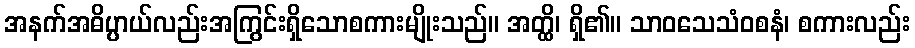
အနက်အဓိပ္ပာယ်လည်းအကြွင်းရှိသောစကားမျိုးသည်။ အတ္ထိ၊ ရှိ၏။ သာဝသေသံဝစနံ၊ စကားလည်း